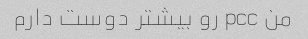
من pcc رو بیشتر دوست دارم